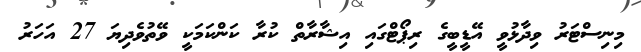
މިނިސްޓަރު ވިދާޅުވީ އޭޑީބީގެ ރިޕޯޓްގައި އިޝާރާތް ކުރާ ކަންކަމަކީ ވޭތުވެދިޔަ 27 އަހަރު